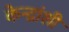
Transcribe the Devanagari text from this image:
केन्द्रांशी